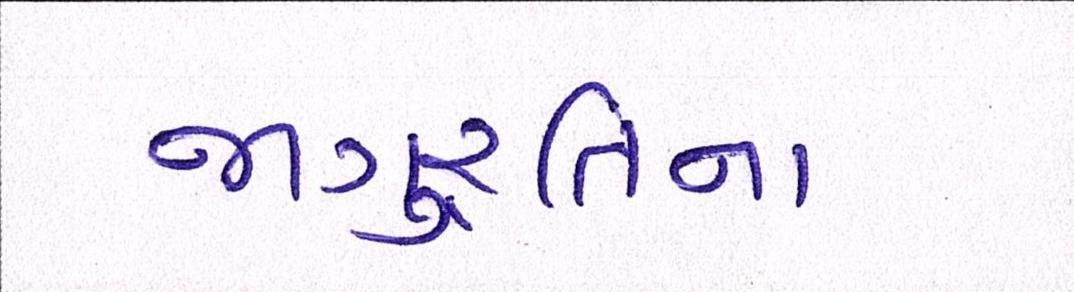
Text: જાગુ્રતિના